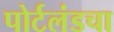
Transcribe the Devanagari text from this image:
पोर्टलंडचा